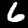
Digit: 6